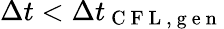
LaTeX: \Delta t<\Delta t_{\mathrm{~C~F~L~,~g~e~n~}}